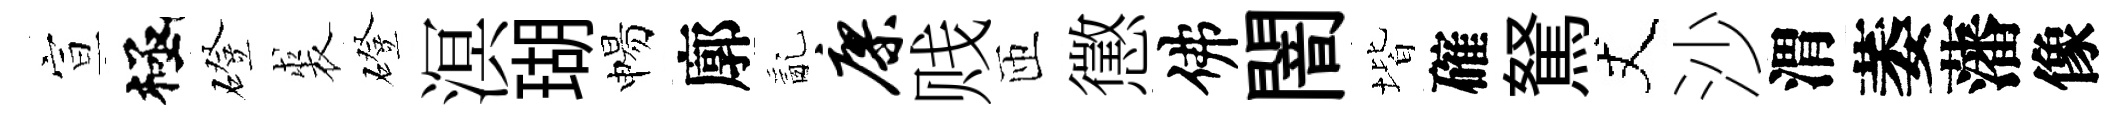
宣極磴裘磴溟瑚惕廓亂廖贱匝懲佛闇堦確駑丈沙渭萎藩像